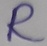
Text: R